Regulations for the medical services of the Army of India
Year: 1930
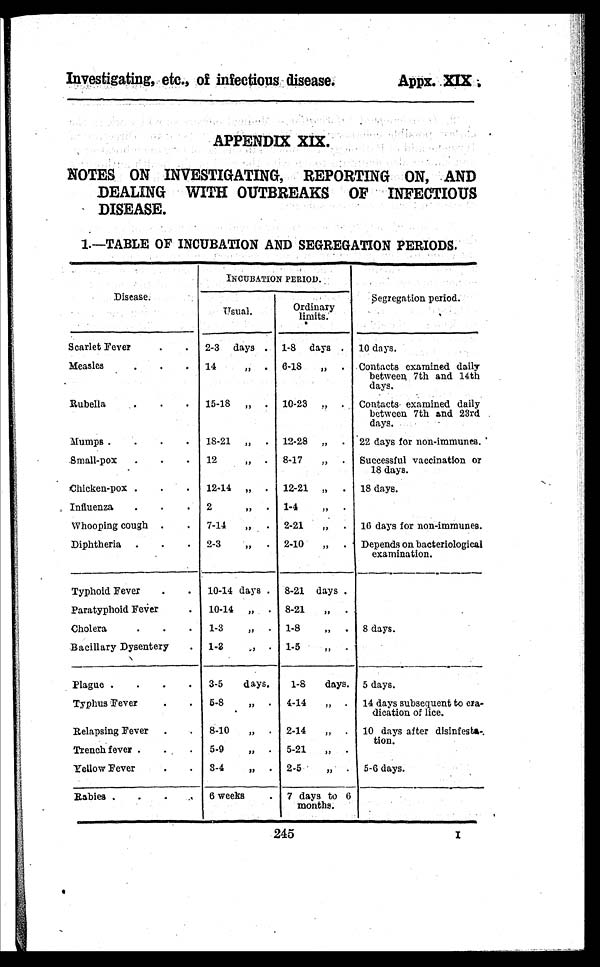
Investigating, etc., of infectious disease.
A p p x . X I X .
APPENDIX XIX.
NOTES ON INVESTIGATING, REPORTING ON, AND
DEALING WITH OUTBREAKS OF INFECTIOUS
DISEASE.
1.—TABLE OF INCUBATION AND SEGREGATION PERIODS.
Disease.
INCUBATION PERIOD.
Segregation period.
Usual.
Ordinary
limits.
Scarlet Fever
.
. 2-3 days . 1-8 days . 10 days.
Measles .
.
. 14
,, . 6-18 „ . Contacts examined daily
between 7th and 14th
days.
Rubella . . .
15-18 „ . 10-23 „ .
Contacts examined daily
between 7th and 23rd
days.
Mumps .
.
.
. 18-21 „ . 12-28 „ . 22 days for non-immunes.
Small-pox .
.
. 12
, ,
. 8-17 ,, . Successful vaccination or
18 days.
Chicken-pox .
. .
12-14 „ . 12-21 „ . 18 days.
Influenza .
.
. 2
„ . 1-4
„ .
Whooping cough .
. 7-14 „ . 2-21 ,, .
16 days for non-immunes.
Diphtheria .
.
. 2-3
„ . 2-10 ,, .
Depends on bacteriological
examination.
Typhoid Fever
.
. 10-14 days . 8-21 days .
Paratyphoid Fever
. 10-14 „ . 8-21 „ .
Cholera . . . 1-3
„ . 1-8
„ . 8 days.
Bacillary Dysentery . 1-8
,, . 1-5
„ .
Plague .
.
.
. 3-5 days. 1-8 days. 5 days.
Typhus Fever
.
. 5-8
,, . 4-14 ,, . 14 days subsequent to era-
dication of lice.
Relapsing Fever .
. 8-10 ,, . 2-14 ,, . 10 days after disinfesta-
tion.
Trench fever . . .
5-9
„ . 5-21 „ .
Yellow Fever
.
. 3-4
„ . 2-5 ,, . 5-6 days.
Rabies .
.
. . 6 weeks
. 7 days to 6
months.